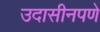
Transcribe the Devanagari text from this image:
उदासीनपणे